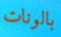
بالونات